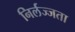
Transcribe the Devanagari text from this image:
निर्लज्जता